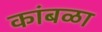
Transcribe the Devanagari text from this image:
कांबळा